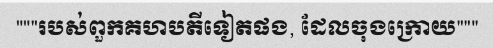
"""របស់ពួកគហបតីទៀតផង, ដែលចុងក្រោយ"""